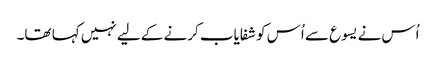
اُس نے یسوع سے اُس کو شفایاب کرنے کے لیے نہیں کہا تھا۔